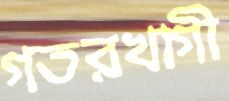
গতরখাগী